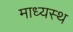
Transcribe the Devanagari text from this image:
माध्यस्थ